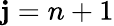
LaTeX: \mathbf{j}=n+1